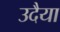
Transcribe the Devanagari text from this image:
उदैया